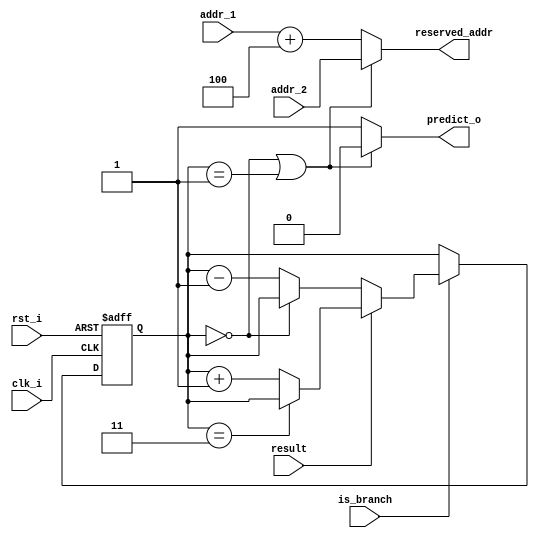
module branch_predictor
(
    clk_i, 
    rst_i,
    is_branch,
    result,         // result = 1 if taken (alu.zero = 1, namely data_1 == data_2)
    addr_1,         // current addr
    addr_2,         // branch addr
    predict_o,
    reserved_addr
); 

input           clk_i, rst_i, is_branch, result;
input   [31:0]  addr_1;
input   [31:0]  addr_2;

reg     [1:0]   state;

output          predict_o;
output  [31:0]  reserved_addr;
// TODO

always@(posedge clk_i or negedge rst_i) begin
    if (~rst_i) begin
        state <= 2'b11;
    end  
    else if (is_branch) begin
        // branch taken
        if (result == 1'b1) begin
            state <= (state == 2'b11) ? state : state + 1;
        end
        else begin
            state <= (state == 2'b00) ? state : state - 1;
        end
    end
end

assign predict_o = (state == 2'b00 || state == 2'b01) ? 0 : 1;
// not taken : reserved_addr = branch addr
assign reserved_addr = (state == 2'b00 || state == 2'b01) ? addr_2 : addr_1 + 32'b00000000000000000000000000000100;

endmodule